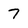
Character: 7